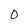
Character: 0